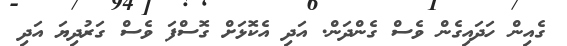
ގެއިން ހަދައިގެން ވެސް ގެންދަން. އަދި އެކޮޅަށް ގޮސްފަ ވެސް ގަރުދިޔަ އަދި